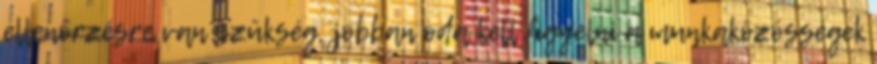
ellenőrzésre van szükség, jobban oda kell figyelni a munkaközösségek